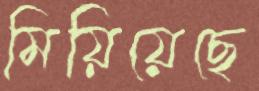
মিয়িয়েছে